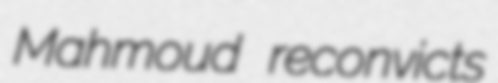
Mahmoud reconvicts